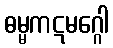
ဓမ္မကဋမဂ္ဂေါ